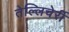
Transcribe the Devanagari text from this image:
तेल्लिचेर्री